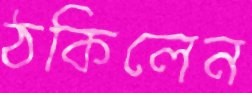
ঠকিলেন